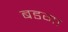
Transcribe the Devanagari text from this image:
बडगा